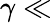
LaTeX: \gamma\ll